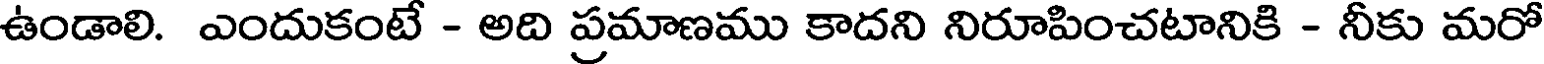
ఉండాలి. ఎందుకంటే - అది ప్రమాణము కాదని నిరూపించటానికి - నీకు మరో